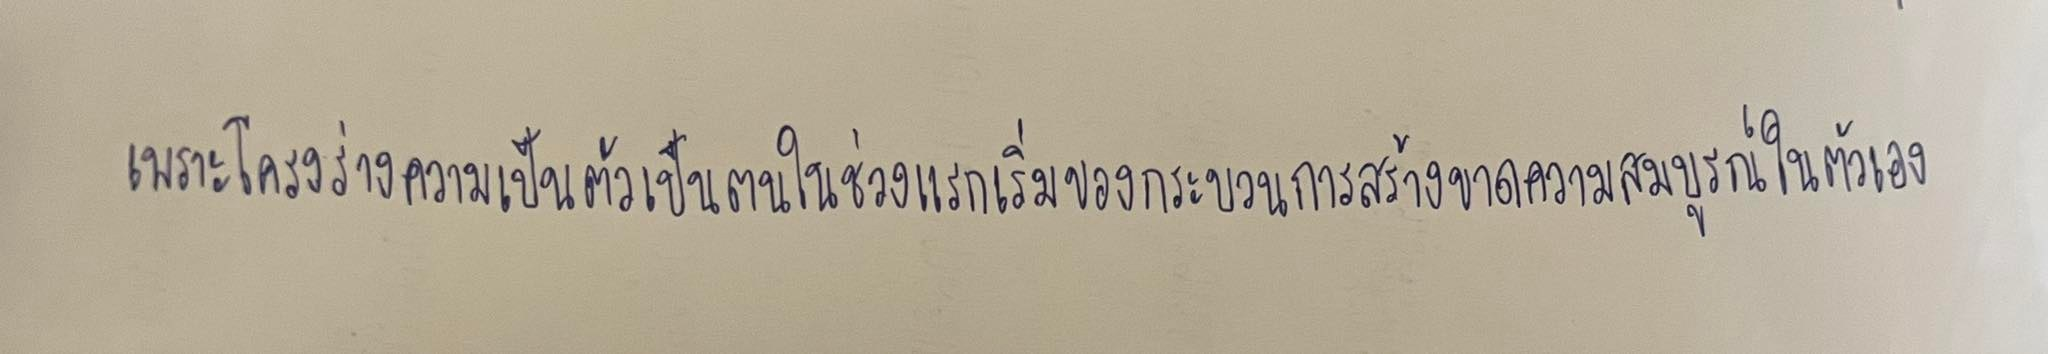
เพราะโครงร่างความเป็นตัวเป็นตนในช่วงแรกเริ่มของกระบวนการสร้างขาดความสมบูรณ์ในตัวเอง